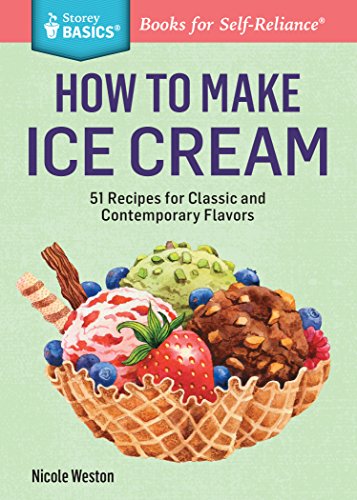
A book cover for How to Make Ice Cream: 51 Recipes for Classic and Contemporary Flavors. A Storey BASICSÂ® Title; Nicole Weston; Cookbooks, Food & Wine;